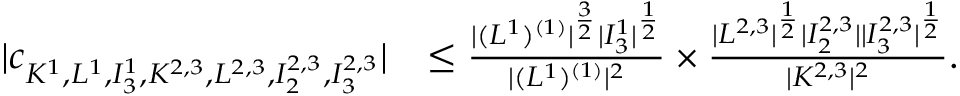
\begin{array} { r l } { | c _ { K ^ { 1 } , L ^ { 1 } , I _ { 3 } ^ { 1 } , K ^ { 2 , 3 } , L ^ { 2 , 3 } , I _ { 2 } ^ { 2 , 3 } , I _ { 3 } ^ { 2 , 3 } } | } & { \le \frac { | ( L ^ { 1 } ) ^ { ( 1 ) } | ^ { \frac { 3 } { 2 } } | I _ { 3 } ^ { 1 } | ^ { \frac { 1 } { 2 } } } { | ( L ^ { 1 } ) ^ { ( 1 ) } | ^ { 2 } } \times \frac { | L ^ { 2 , 3 } | ^ { \frac 1 2 } | I _ { 2 } ^ { 2 , 3 } | | I _ { 3 } ^ { 2 , 3 } | ^ { \frac 1 2 } } { | K ^ { 2 , 3 } | ^ { 2 } } . } \end{array}